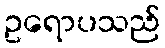
ဥရောပသည်